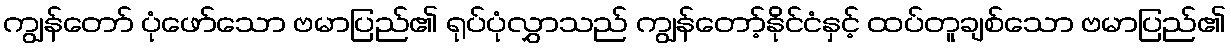
ကျွန်တော် ပုံဖော်သော ဗမာပြည်၏ ရုပ်ပုံလွှာသည် ကျွန်တော့်နိုင်ငံနှင့် ထပ်တူချစ်သော ဗမာပြည်၏